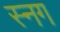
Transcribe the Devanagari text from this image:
स्नग